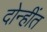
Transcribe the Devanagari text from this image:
दोन्हींत